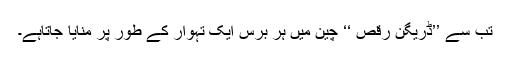
تب سے ’’ڈریگن رقص ‘‘ چین میں ہر برس ایک تہوار کے طور پر منایا جاتاہے۔